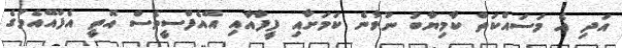
އަދި އެ މަސައްކަތް ކާމިޔާބު ނުވާނެ ކަމަށާއި ފީފާއާއި އޭއެފްސީވެސް އޮތީ އެފްއޭއެމުގެ